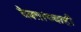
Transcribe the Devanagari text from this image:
दैवतांच्याही